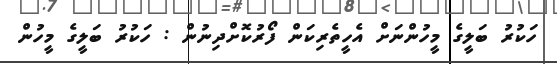
ހަކުރު ބަލީގެ މީހުންނަށް އެހީތެރިކަން ފޯރުކޮށްދިނުން : ހަކުރު ބަލީގެ މީހުން